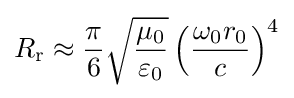
R_{\mathrm {r} }\approx {\frac {\pi }{6}}{\sqrt {\frac {\mu _{0}}{\varepsilon _{0}}}}\left({\frac {\omega _{0}r_{0}}{c}}\right)^{4}